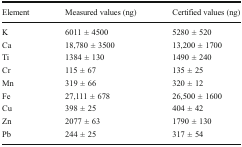
<table><thead><tr><td><b>Element</b></td><td><b>Measured values (ng)</b></td><td><b>Certified values (ng)</b></td></tr></thead><tbody><tr><td>K</td><td>6011 ± 4500</td><td>5280 ± 520</td></tr><tr><td>Ca</td><td>18,780 ± 3500</td><td>13,200 ± 1700</td></tr><tr><td>Ti</td><td>1384 ± 130</td><td>1490 ± 240</td></tr><tr><td>Cr</td><td>115 ± 67</td><td>135 ± 25</td></tr><tr><td>Mn</td><td>319 ± 66</td><td>320 ± 12</td></tr><tr><td>Fe</td><td>27,111 ± 678</td><td>26,500 ± 1600</td></tr><tr><td>Cu</td><td>398 ± 25</td><td>404 ± 42</td></tr><tr><td>Zn</td><td>2077 ± 63</td><td>1790 ± 130</td></tr><tr><td>Pb</td><td>244 ± 25</td><td>317 ± 54</td></tr></tbody></table>